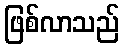
ဖြစ်လာသည်